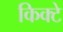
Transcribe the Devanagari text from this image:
किक्टे